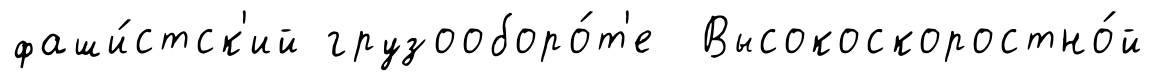
фаши́стск'ий грузооборо́т'е Высокоскоростно́й